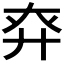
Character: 𢌾